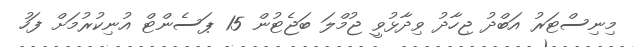
މިނިސްޓަރު އަބްދު ޖިހާދު ވިދާޅުވީ ޖުމްލަ ބަޖެޓުން 15 ޕަސެންޓް އުނިކުރުމަށް ފަހު